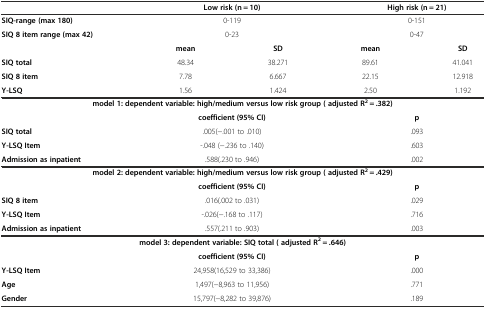
|  | <COLSPAN=2> Low risk (n = 10) | <COLSPAN=2> High risk (n = 21) |
 | --- | --- | --- | --- | --- |
 | SIQ-range (max 180) | <COLSPAN=2> 0-119 | <COLSPAN=2> 0-151 |
 | SIQ 8 item range (max 42) | <COLSPAN=2> 0-23 | <COLSPAN=2> 0-47 |
 |  | mean | SD | mean | SD |
 | SIQ total | 48.34 | 38.271 | 89.61 | 41.041 |
 | SIQ 8 item | 7.78 | 6.667 | 22.15 | 12.918 |
 | Y-LSQ | 1.56 | 1.424 | 2.50 | 1.192 |
 | <COLSPAN=5> model 1: dependent variable: high/medium versus low risk group ( adjusted R2 = .382) |
 |  | <COLSPAN=2> coefficient (95% CI) | <COLSPAN=2> p |
 | SIQ total | <COLSPAN=2> .005(−.001 to .010) | <COLSPAN=2> .093 |
 | Y-LSQ Item | <COLSPAN=2> -.048 (−.236 to .140) | <COLSPAN=2> .603 |
 | Admission as inpatient | <COLSPAN=2> .588(.230 to .946) | <COLSPAN=2> .002 |
 | <COLSPAN=5> model 2: dependent variable: high/medium versus low risk group ( adjusted R2 = .429) |
 |  | <COLSPAN=2> coefficient (95% CI) | <COLSPAN=2> p |
 | SIQ 8 item | <COLSPAN=2> .016(.002 to .031) | <COLSPAN=2> .029 |
 | Y-LSQ Item | <COLSPAN=2> -.026(−.168 to .117) | <COLSPAN=2> .716 |
 | Admission as inpatient | <COLSPAN=2> .557(.211 to .903) | <COLSPAN=2> .003 |
 | <COLSPAN=5> model 3: dependent variable: SIQ total ( adjusted R2 = .646) |
 |  | <COLSPAN=2> coefficient (95% CI) | <COLSPAN=2> p |
 | Y-LSQ Item | <COLSPAN=2> 24,958(16,529 to 33,386) | <COLSPAN=2> .000 |
 | Age | <COLSPAN=2> 1,497(−8,963 to 11,956) | <COLSPAN=2> .771 |
 | Gender | <COLSPAN=2> 15,797(−8,282 to 39,876) | <COLSPAN=2> .189 |